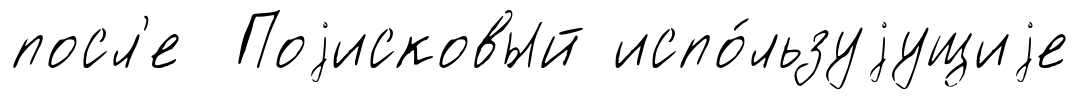
посл'е Поjисковый испо́льзуjущиjе